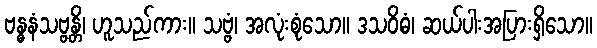
ဗန္ဓနံသဗ္ဗန္တိ၊ ဟူသည်ကား။ သဗ္ဗံ၊ အလုံးစုံသော။ ဒသဝိဓံ၊ ဆယ်ပါးအပြားရှိသော။